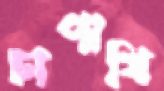
চাপাখি